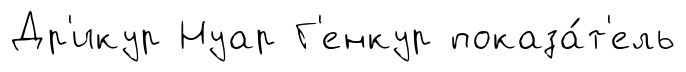
Др'икур Нуар Г'енкур показа́т'ель